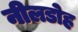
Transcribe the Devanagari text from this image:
नीलडोह